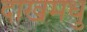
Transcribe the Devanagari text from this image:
दाखमधु